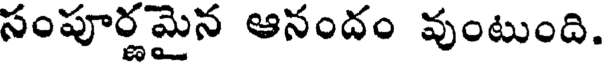
సంపూర్ణమైన ఆనందం వుంటుంది.